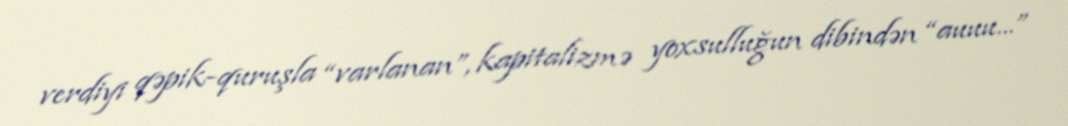
verdiyi qəpik-quruşla “varlanan”, kapitalizmə yoxsulluğun dibindən “auuu...”